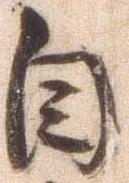
自